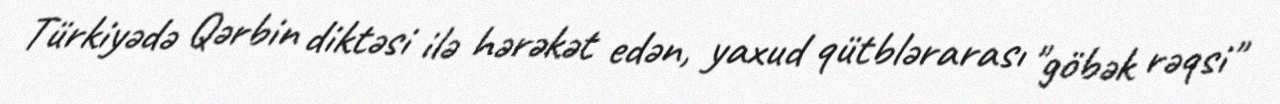
Türkiyədə Qərbin diktəsi ilə hərəkət edən, yaxud qütblərarası "göbək rəqsi"